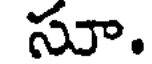
సూ.